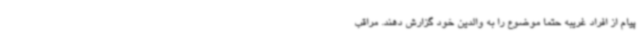
پیام از افراد غریبه حتما موضوع را به والدین خود گزارش دهند. مراقب